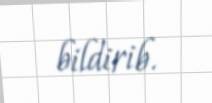
bildirib.